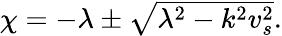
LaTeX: \begin{array}{r}{\chi=-\lambda\pm\sqrt{\lambda^{2}-k^{2}v_{s}^{2}}.}\end{array}